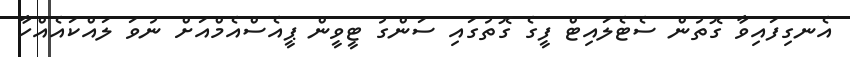
އެނގިފައިވާ ގޮތުން ސެޓެލައިޓް ފީގެ ގޮތުގައި ސަންގު ޓީވީން ޕީއެސްއެމްއަށް ނުވަ ލައްކައެއްހާ